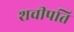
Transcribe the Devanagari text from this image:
शचीपति